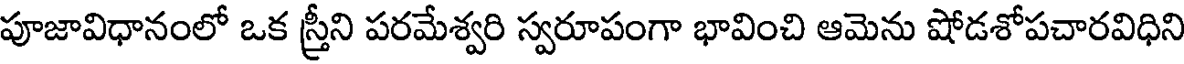
పూజావిధానంలో ఒక స్త్రీని పరమేశ్వరి స్వరూపంగా భావించి ఆమెను షోడశోపచారవిధిని